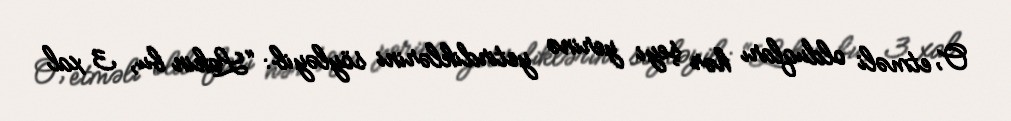
O, etməli olduqları hər şeyi yerinə yetirdiklərini söyləyib: “Lakin bu, 3 xal